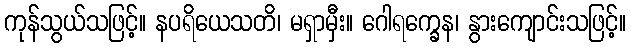
ကုန်သွယ်သဖြင့်။ နပရိယေသတိ၊ မရှာမှီး။ ဂေါရက္ခေန၊ နွားကျောင်းသဖြင့်။